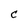
Character: C